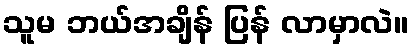
သူမ ဘယ်အချိန် ပြန် လာမှာလဲ။